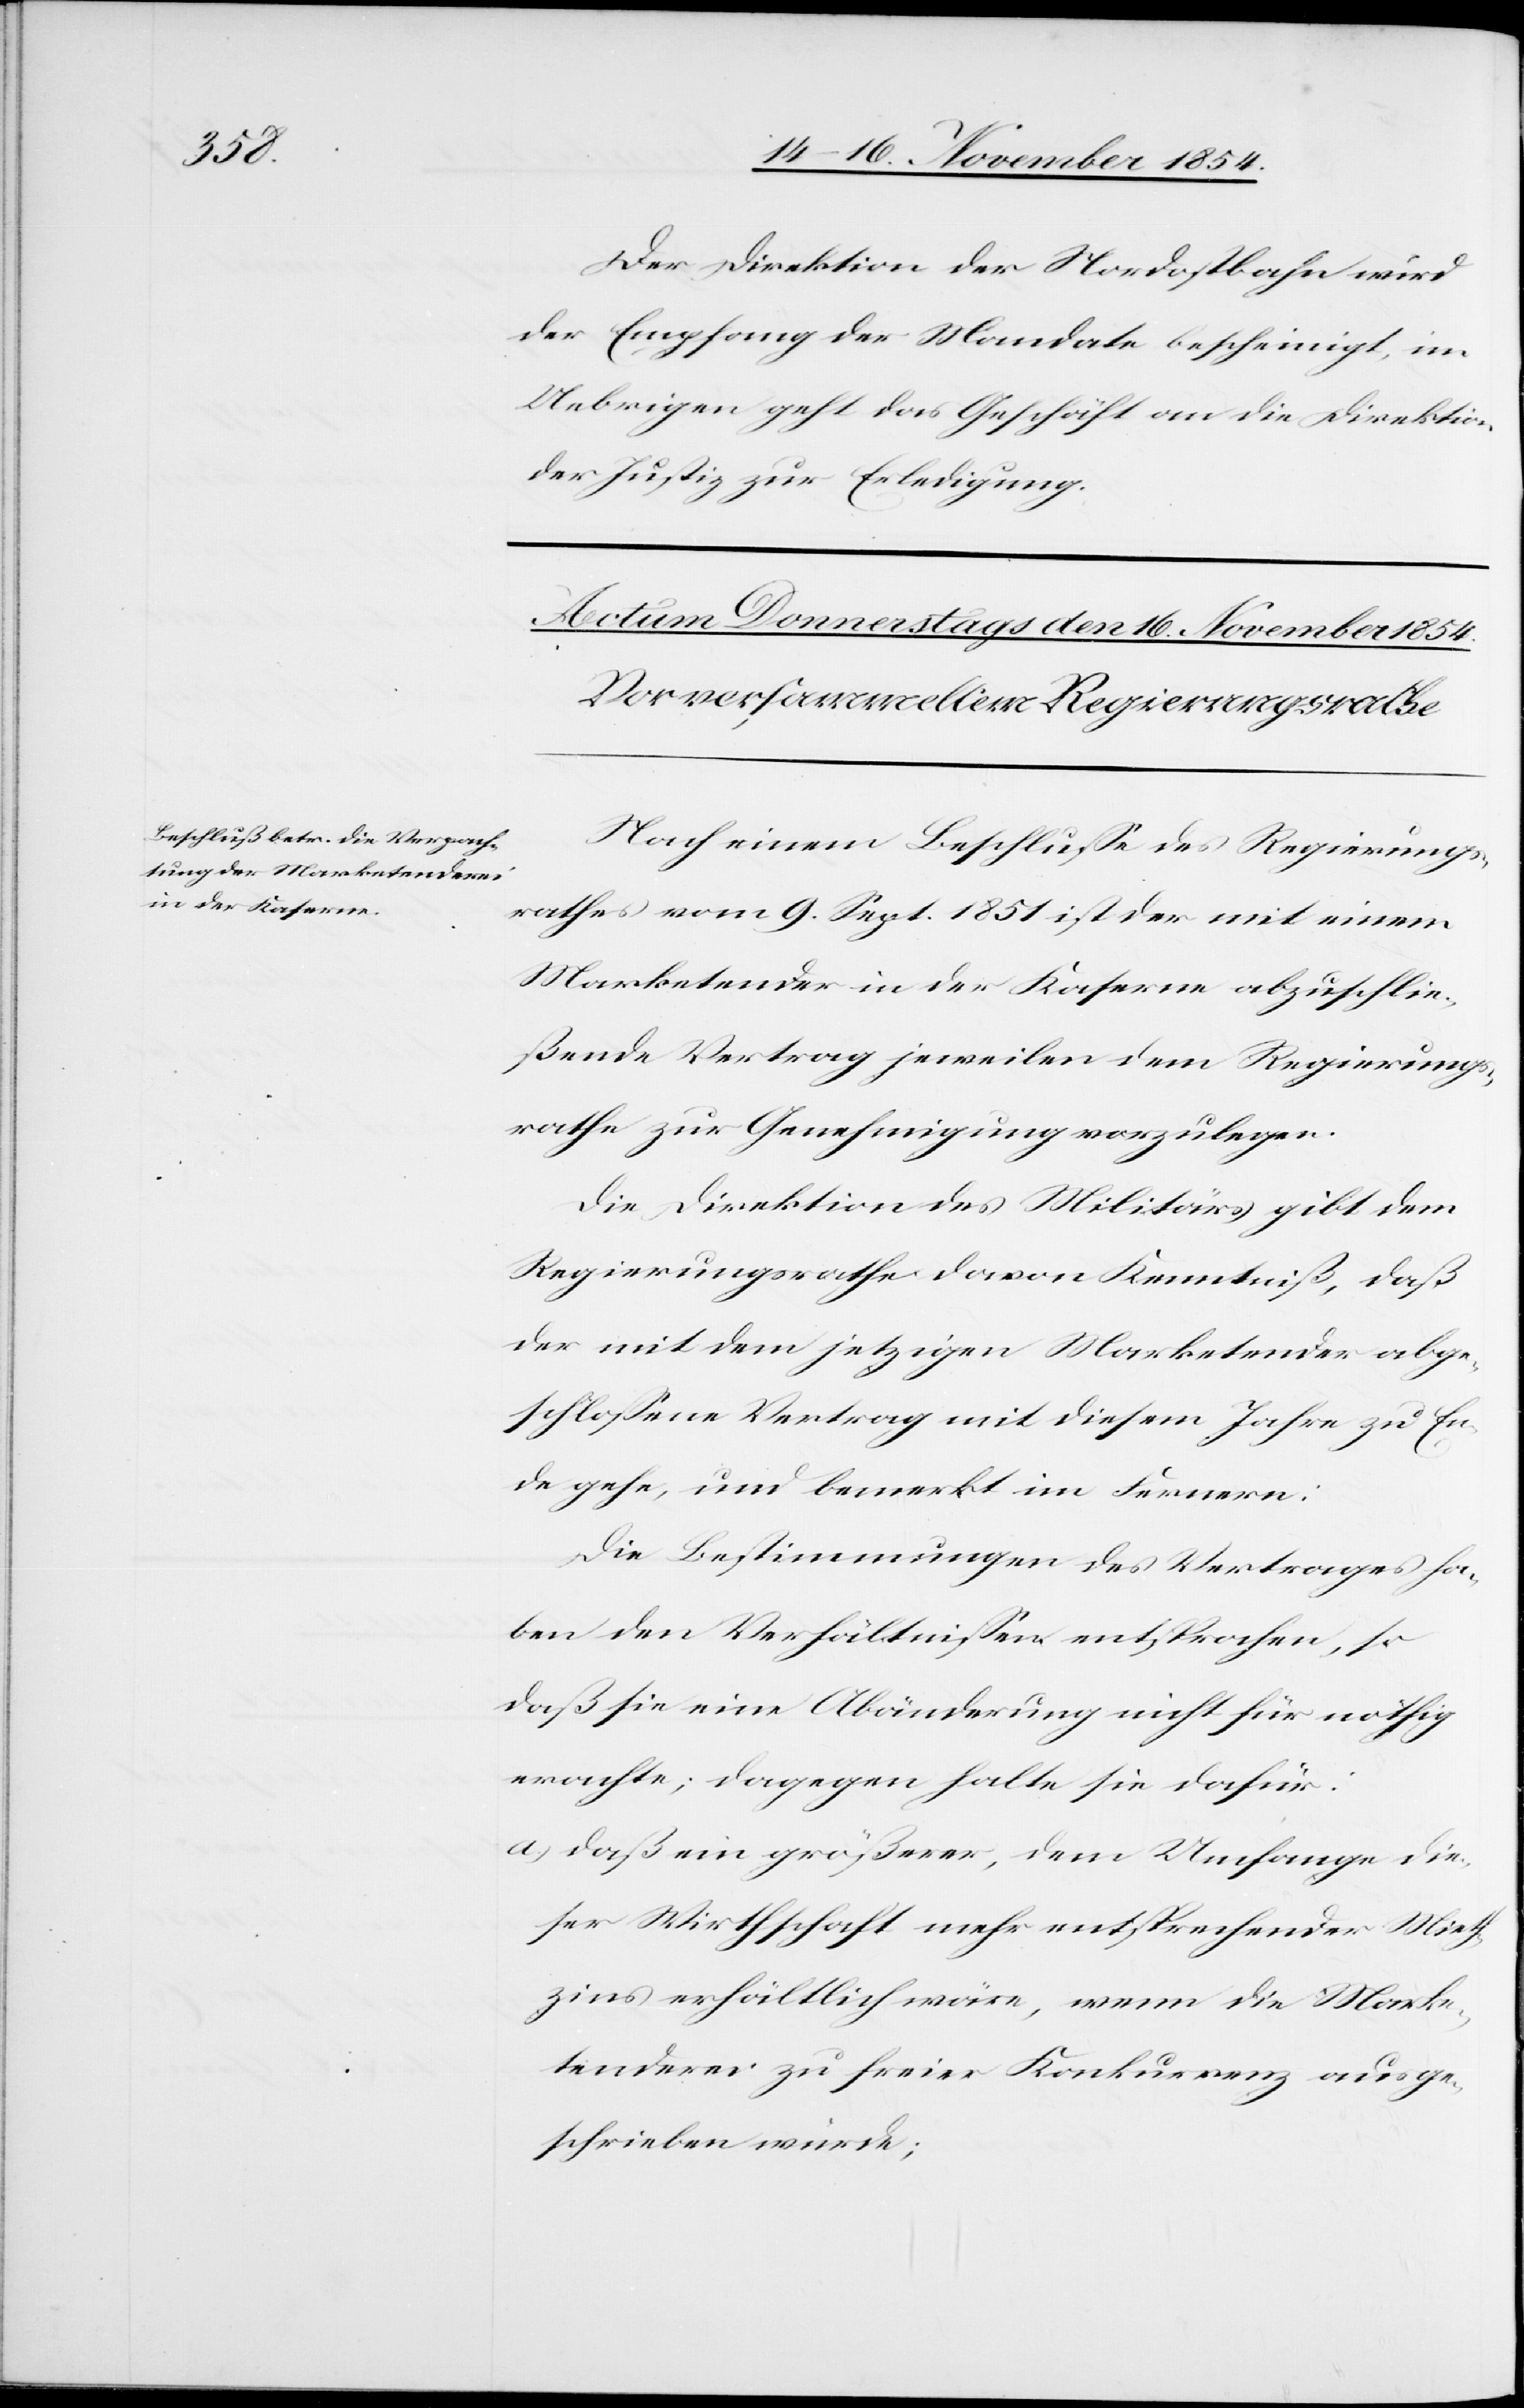
Der Direktion der Nordostbahn wird
der Empfang der Mandate bescheinigt, im
Uebrigen geht das Geschäft an die Direktion
der Justiz zur Erledigung.
Nach einem Beschluße des Regierungs¬
rathes vom 9. Sept. 1851 ist der mit einem
Marketender in der Kaserne abzuschlie¬
ßende Vertrag jeweilen dem Regierungs¬
rathe zur Genehmigung vorzulegen.
Die Direktion des Militärs gibt dem
Regierungsrathe davon Kenntniß, daß
der mit dem jetzigen Marketender abge¬
schloßene Vertrag mit diesem Jahre zu En¬
de gehe, und bemerkt im Fernern:
Die Bestimmungen des Vertrages ha¬
ben den Verhältnißen entsprochen, so
daß sie eine Abänderung nicht für nöthig
erachte; dagegen halte sie dafür:
a.) daß ein größerer, dem Umfange die¬
ser Wirthschaft mehr entsprechender Mieth¬
zins erhältlich wäre, wenn die Marke¬
tenderei zu freier Konkurrenz ausge¬
schrieben würde;